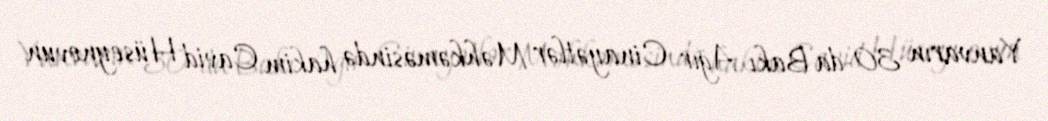
Yanvarın 30-da Bakı Ağır Cinayətlər Məhkəməsində hakim Cavid Hüseynovun